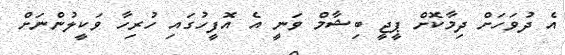
އެ ދުވަހަށް ދިމާކޮށް ޕީޖީ ބިޝާމް ވަނީ އެ އޮފީހުގައި ހުރިހާ ވަކީލުންނަށް